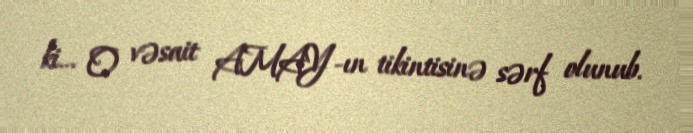
ki... O vəsait AMAY-ın tikintisinə sərf olunub.